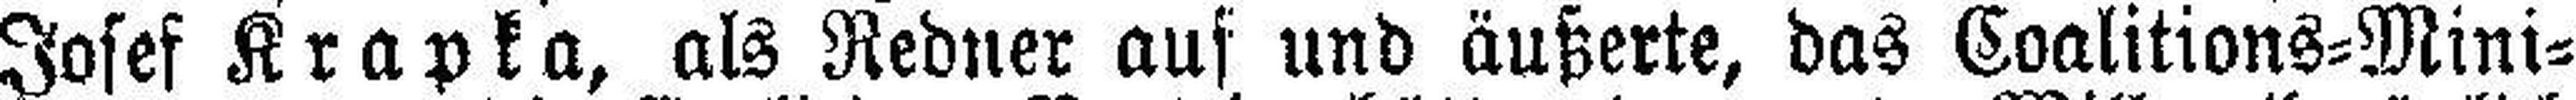
Josef Krapka, als Redner auf und äußerte, das Coalitions=Mini¬